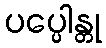
ပပ္ပေါန္တု